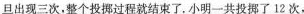
次投掷以后都会将面朝上的数字记录下来。任意一个数字一